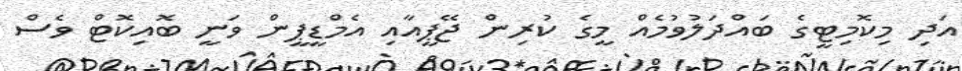
އަދި މިކޮމިޓީގެ ބައްދަލުވުމެއް މީގެ ކުރިން ޖޭޕީއާއި އެމްޑީޕީން ވަނީ ބޮއިކޮޓް ވެސް